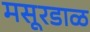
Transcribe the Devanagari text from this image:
मसूरडाळ